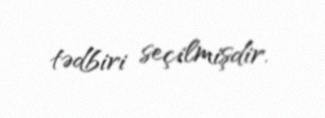
tədbiri seçilmişdir.